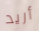
أريد